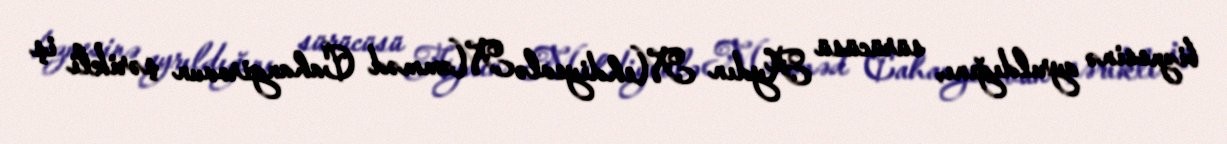
biznesinə ayrıldığını, sürücüsü Aydın Mehdiyevlə Məmməd Cahangirovun şərikli iş